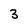
Character: 3